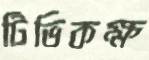
টিভিকক্ষ